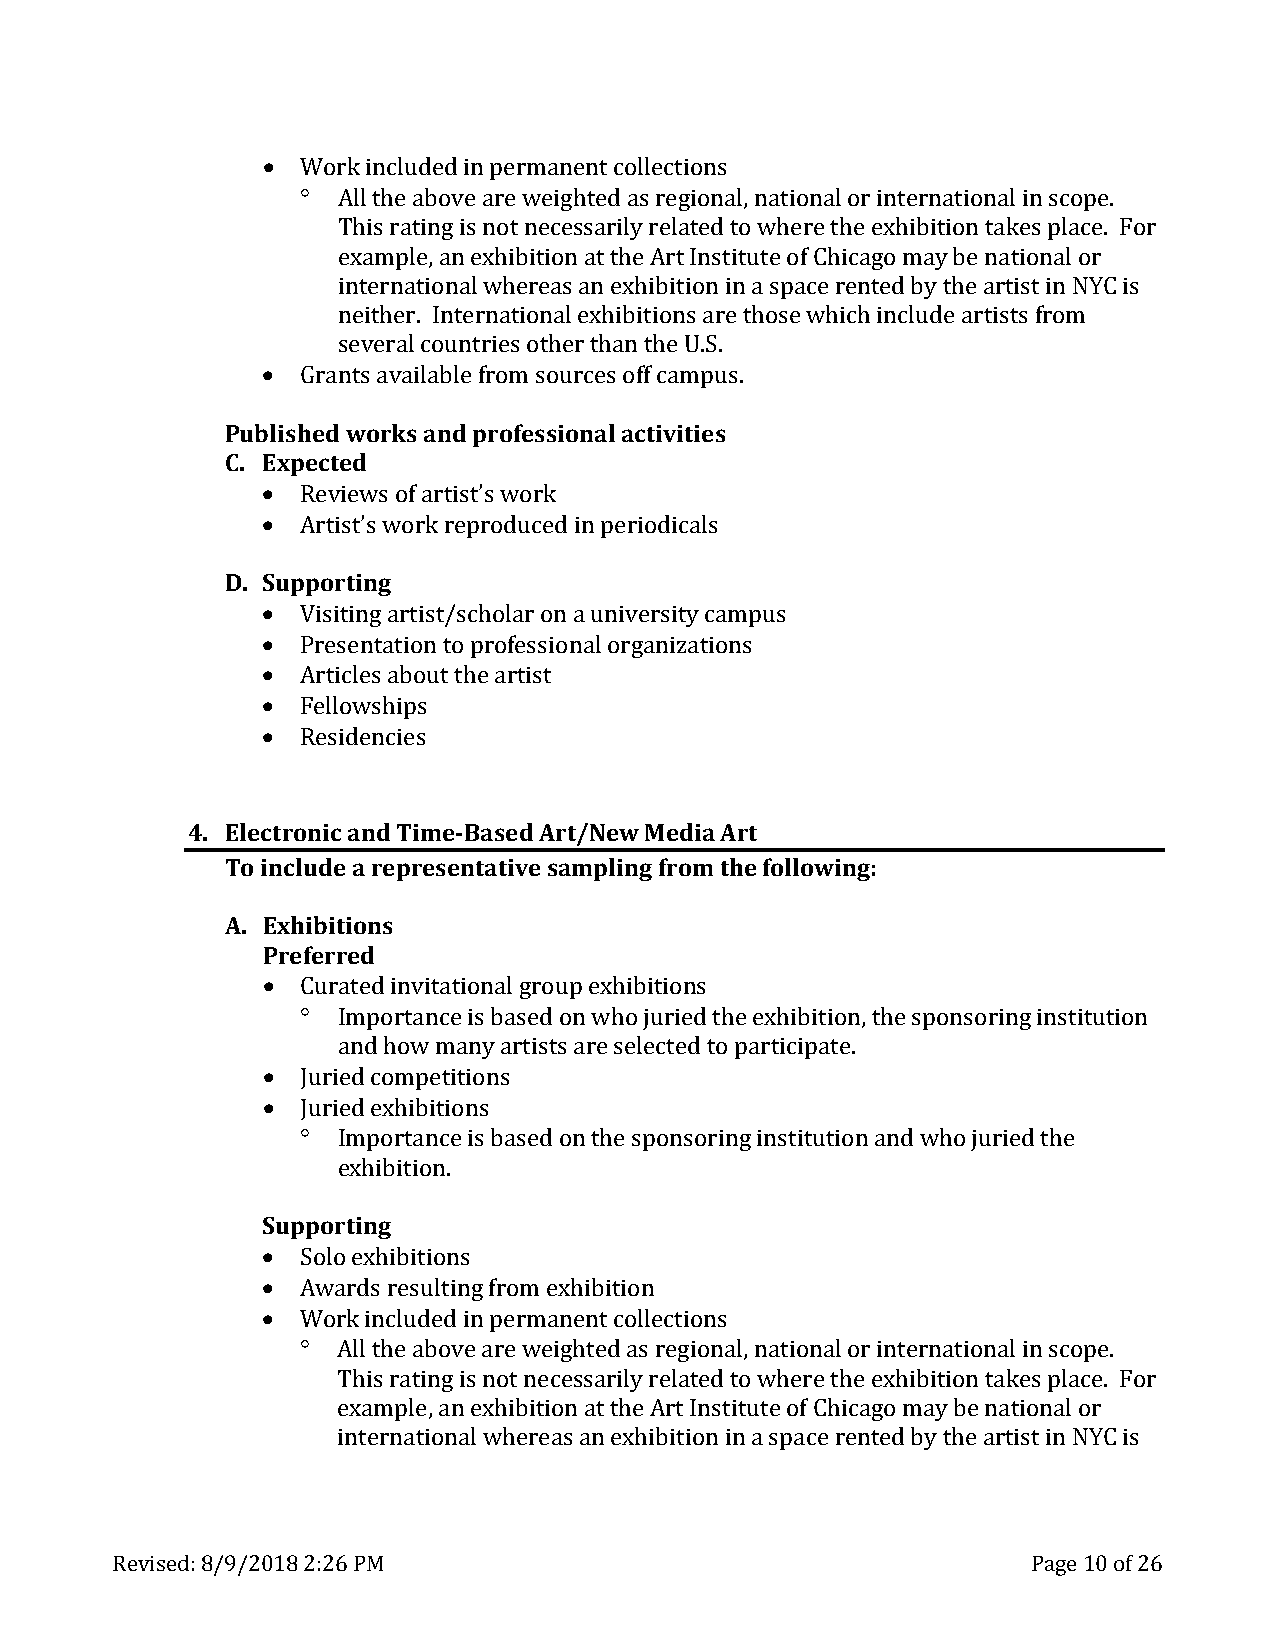
•
 °
 Work included in permanent collections
 All the above are weighted as regional, national or international in scope.
 This rating is not necessarily related to where the exhibition takes place. For
 example, an exhibition at the Art Institute of Chicago may be national or
 international whereas an exhibition in a space rented by the artist in NYC is
 •    neither. International exhibitions are those which include artists from
 several countries other than the U.S.
 PublishGerdan wtso arvkasi laanbdle pfrroomfe ssosiuornceasl aocfft icvaimtipeus s.
 C. Expected
 •
 •
 Reviews of artist’s work
 D. SupAprotirstti’ns gw ork reproduced in periodicals
 •
 •
 •  Visiting artist/scholar on a university campus
 •  Presentation to professional organizations
 •  Articles about the artist
 Fellowships
 Residencies
 4. Electronic and Time-Based Art/New Media Art
 To include a representative sampling from the following:
 A. Exhibitions
 Preferred
 •
 °
 Curated invitational group exhibitions
 •    Importance is based on who juried the exhibition, the sponsoring institution
 •    and how many artists are selected to participate.
 J°u ried competitions
 Juried exhibitions
 Importance is based on the sponsoring institution and who juried the
 Supporetxihnigb ition.
 •
 •
 •  Solo exhibitions
 A° wards resulting from exhibition
 Work included in permanent collections
 All the above are weighted as regional, national or international in scope.
 This rating is not necessarily related to where the exhibition takes place. For
 example, an exhibition at the Art Institute of Chicago may be national or
 international whereas an exhibition in a space rented by the artist in NYC is
 Revised: 8/9/2018 2:26 PM                                    Page 10 of 26